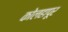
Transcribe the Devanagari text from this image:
कोलहापूर